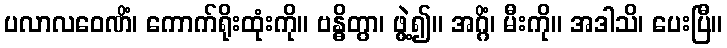
ပလာလဝေဏိံ၊ ကောက်ရိုးထုံးကို။ ဗန္ဓိတွာ၊ ဖွဲ့၍။ အဂ္ဂိံ၊ မီးကို။ အဒါသိ၊ ပေးပြီ။